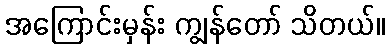
အကြောင်းမှန်း ကျွန်တော် သိတယ်။